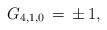
\begin{align*}G_{4,1,0}\,=\,\pm\,1,\end{align*}